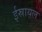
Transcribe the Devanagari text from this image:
ईस्रायल